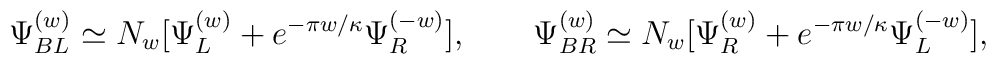
{\Psi}^{(w)}_{BL}\simeq N_w[\Psi^{(w)}_L+e^{-\pi w/\kappa} \Psi^{(-w)}_R],\qquad{\Psi}^{(w)}_{BR}\simeq N_w[\Psi^{(w)}_R+e^{-\pi w/\kappa} \Psi^{(-w)}_L],